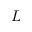
{ \cal L }